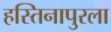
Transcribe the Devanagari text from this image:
हस्तिनापुरला